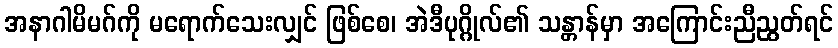
အနာဂါမိမဂ်ကို မရောက်သေးလျှင် ဖြစ်စေ၊ အဲဒီပုဂ္ဂိုလ်၏ သန္တာန်မှာ အကြောင်းညီညွတ်ရင်